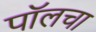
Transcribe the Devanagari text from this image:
पॉलचा